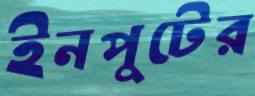
ইনপুটের